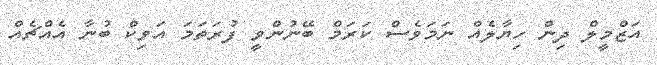
އަޒްމީލް ދިން ހިޔާލެއް ނަމަވެސް ކަރަމް ބޭނުންވީ ފުރަތަމަ އަވިކް ބުނާ އެއްޗެއް